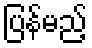
ပြန်မည့်